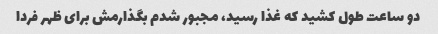
دو ساعت طول کشید که غذا رسید، مجبور شدم بگذارمش برای ظهر فردا